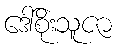
ဒေါ်စိုးသူဇာ